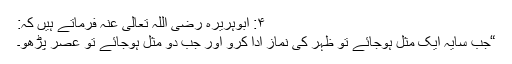
۴: ابوہریرہ رضی اللہ تعالیٰ عنہ فرماتے ہیں کہ:
“جب سایہ ایک مثل ہوجائے تو ظہر کی نماز ادا کرو اور جب دو مثل ہوجائے تو عصر پڑھو۔